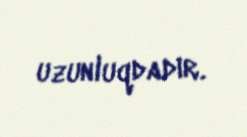
uzunluqdadır.